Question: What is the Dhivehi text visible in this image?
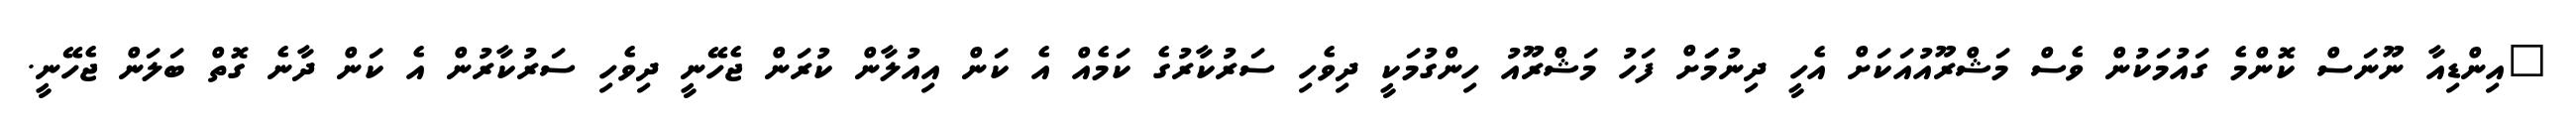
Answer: "އިންޑިއާ ނޫނަސް ކޮންމެ ގައުމަކުން ވެސް މަޝްރޫއުއަކަށް އެހީ ދިނުމަަށް ފަހު މަޝްރޫއު ހިންގުމަކީ ދިވެހި ސަރުކާރުގެ ކަމެއް އެ ކަން އިއުލާން ކުރަން ޖެހޭނީ ދިވެހި ސަރުކާރުން އެ ކަން ދާނެ ގޮތް ބަލަން ޖެހޭނީ.